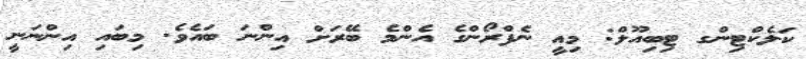
ކަލެކްޓިންގ ޓިބިއޫލް: މިއީ ނެފްރޯންގެ އެންމެ ބޭރަށް އިންނަ ބައެވެ. މިބައި އިންނަނީ